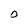
Character: O